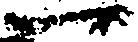
一